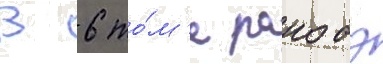
В 6 то́м'е ранобэ